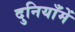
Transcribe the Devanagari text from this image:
दुनियाँमें